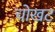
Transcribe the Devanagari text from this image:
चोखट